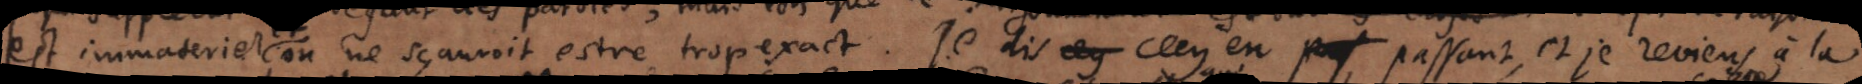
est immateriel ou ne sçauroit estre trop exact. Je dis cecy cecy en pas passant, et je reviens à la